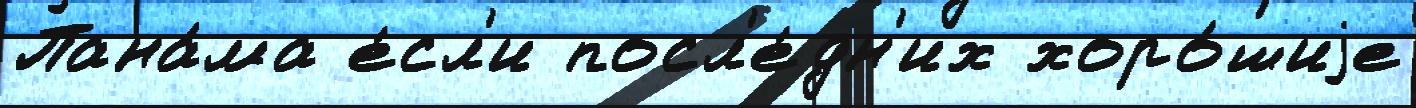
Пана́ма е́сл'и посл'е́дн'их хоро́шиjе